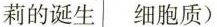
莉的诞生 细胞质)